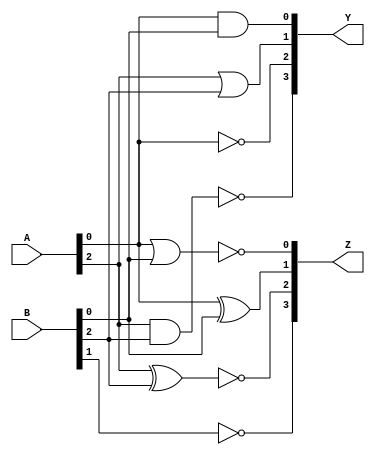
module combinational_logic_block (
    input wire [3:0] A,    // 4-bit input A
    input wire [3:0] B,    // 4-bit input B
    output wire [3:0] Y,    // 4-bit output Y
    output wire [3:0] Z     // 4-bit output Z
);

// Internal signals
wire and_out1, and_out2;
wire or_out1, or_out2;
wire not_out1, not_out2;
wire nand_out1, nand_out2;
wire nor_out1, nor_out2;
wire xor_out1, xor_out2;
wire xnor_out1, xnor_out2;

// Logic operations
// AND operations
assign and_out1 = A[0] & B[0];
assign and_out2 = A[1] & B[1];

// OR operations
assign or_out1 = A[2] | B[2];
assign or_out2 = A[3] | B[3];

// NOT operations
assign not_out1 = ~A[0];
assign not_out2 = ~B[1];

// NAND operations
assign nand_out1 = ~(A[2] & B[2]);
assign nand_out2 = ~(A[3] & B[3]);

// NOR operations
assign nor_out1 = ~(A[0] | B[0]);
assign nor_out2 = ~(A[1] | B[1]);

// XOR operations
assign xor_out1 = A[0] ^ B[0];
assign xor_out2 = A[1] ^ B[1];

// XNOR operations
assign xnor_out1 = ~(A[2] ^ B[2]);
assign xnor_out2 = ~(A[3] ^ B[3]);

// Final output assignments
assign Y[0] = and_out1;            // AND output
assign Y[1] = or_out1;             // OR output
assign Y[2] = not_out1;            // NOT output
assign Y[3] = nand_out1;           // NAND output

assign Z[0] = nor_out1;            // NOR output
assign Z[1] = xor_out1;            // XOR output
assign Z[2] = xnor_out1;           // XNOR output
assign Z[3] = not_out2;            // NOT output on B[1]

// Propagation delay simulation (example values)
specify
    (A => Y) = (1, 1);  // Delay for A to Y
    (B => Z) = (1, 1);  // Delay for B to Z
endspecify

endmodule